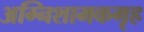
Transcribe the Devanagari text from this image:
अग्निशामकगृह